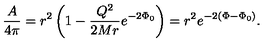
{ \frac { A } { 4 \pi } } = r ^ { 2 } \left( 1 - { \frac { Q ^ { 2 } } { 2 M r } } e ^ { - 2 \Phi _ { 0 } } \right) = r ^ { 2 } e ^ { - 2 \left( \Phi - \Phi _ { 0 } \right) } .